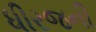
ધીરજની